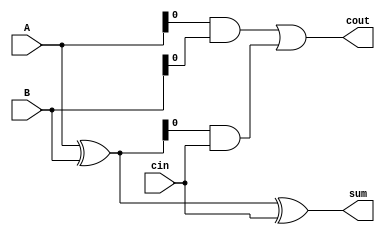
module carry_skip_adder (input [7:0] A, B, input cin, output reg [7:0] sum, output reg cout);

    reg [7:0] mid;
    
    assign mid = A ^ B;
    assign sum = mid ^ cin;
    assign cout = (A & B) | (mid & cin);
    
endmodule